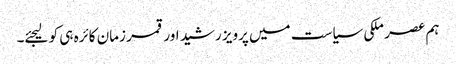
ہم عصر ملکی سیاست میں پرویز رشید اور قمر زمان کائرہ ہی کو لیجئے۔